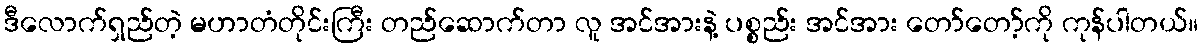
ဒီလောက်ရှည်တဲ့ မဟာတံတိုင်းကြီး တည်ဆောက်တာ လူ အင်အားနဲ့ ပစ္စည်း အင်အား တော်တော့်ကို ကုန်ပါတယ်။